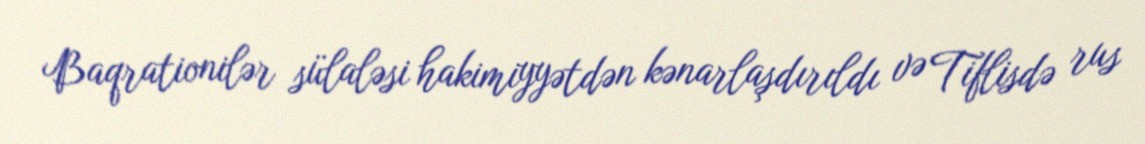
Baqrationilər sülaləsi hakimiyyətdən kənarlaşdırıldı və Tiflisdə rus